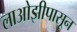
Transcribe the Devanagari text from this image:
लाओझीपासून